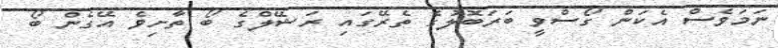
ނަމަވެސް އެކަން ގޯސްވީ ބަރަބޮލުގެ ތެރޭގައި ރަޝޭލްގެ ބޯ ތާށިވެ އޭގެން ބޯ